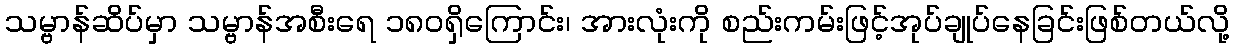
သမ္ဗာန်ဆိပ်မှာ သမ္ဗာန်အစီးရေ ၁၈၀ရှိကြောင်း၊ အားလုံးကို စည်းကမ်းဖြင့်အုပ်ချုပ်နေခြင်းဖြစ်တယ်လို့